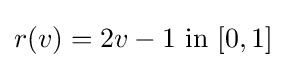
r(v)=2v-1{\text{ in }}[0,1]